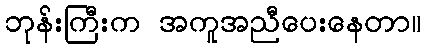
ဘုန်းကြီးက အကူအညီပေးနေတာ။